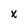
Character: X